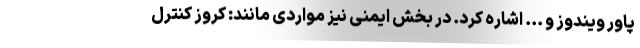
پاور ویندوز و ... اشاره کرد. در بخش ایمنی نیز مواردی مانند: کروز کنترل